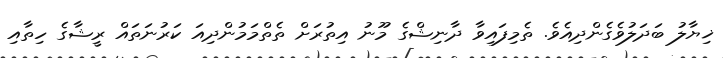
ޚިޔާލު ބަދަލުވެގެންދިއެވެ. ތެމިފައިވާ ދާނިޝްގެ މޫނު އިތުރަށް ތެތްމަމުންދިއަަ ކަރުނަތައް ރީޝާގެ ހިތާާއި